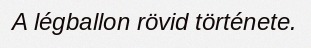
A légballon rövid története.